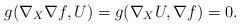
LaTeX: \begin{align*}g(\nabla_X\nabla f, U)=g(\nabla_XU,\nabla f)=0.\end{align*}